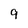
Character: 9